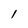
Character: I